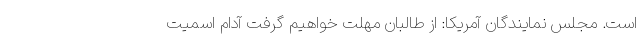
است. مجلس نمایندگان آمریکا: از طالبان مهلت خواهیم گرفت آدام اسمیت